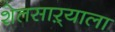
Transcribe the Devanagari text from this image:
शेतसाऱ्याला